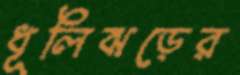
ধূলিঝড়ের